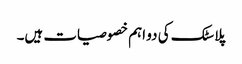
پلاسٹک کی دو اہم خصوصیات ہیں۔